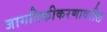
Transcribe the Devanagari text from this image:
जागतिकीकरणावरील